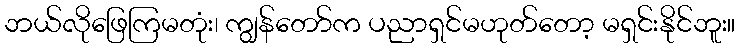
ဘယ်လိုဖြေကြမတုံး၊ ကျွန်တော်က ပညာရှင်မဟုတ်တော့ မရှင်းနိုင်ဘူး။